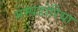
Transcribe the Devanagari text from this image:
सम्पडोरिया